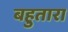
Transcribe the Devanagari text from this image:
बहुतारा